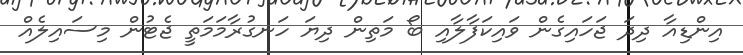
އިންޑިއާ ދިދަ ޖަހައިގެން ވައިކަފާލާއި ބޯ މަތިން ދިޔަ ހަނގުރާމަމަތީ ޖެޓުން މިސައިލެއް